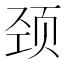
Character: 颈